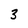
Character: 3